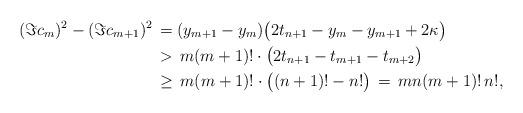
LaTeX: \begin{align*}(\Im c_m)^2-(\Im c_{m+1})^2 \,&=(y_{m+1}-y_m)\big(2t_{n+1}-y_{m}-y_{m+1}+2\kappa\big)\\&>\, m(m+1)!\cdot\big(2t_{n+1}-t_{m+1}-t_{m+2}\big)\\&\ge\, m(m+1)!\cdot\big((n+1)!-n!\big)\,=\,mn(m+1)!\,n!,\end{align*}